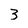
Character: 3